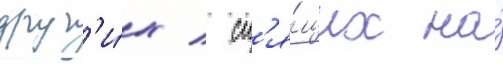
друг'и́х / сп'я́щих на́